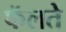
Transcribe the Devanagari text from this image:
फॅलते